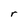
Character: r